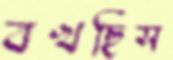
বখছিস